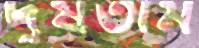
দুষতাম